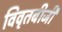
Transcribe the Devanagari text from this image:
विवृतबीजी